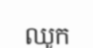
ឈូក